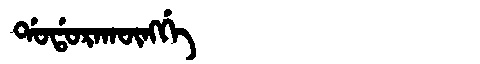
Manchu: ᡩᠣᡩᠣᡵᠠᡴᡡᠩᡤᡝ
Romanization: DODORAKŪNGGE